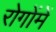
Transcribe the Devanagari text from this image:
रोगोंमें